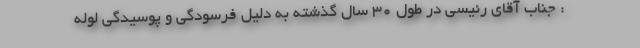
: جناب آقای رئیسی در طول ۳۰ سال گذشته به دلیل فرسودگی و پوسیدگی لوله